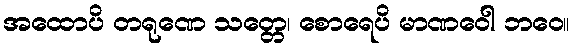
အထောပိ တရုဏေ သတ္တေ၊ စောရေပိ မာဏဝေါ ဘဝေ။